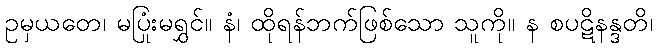
ဥမှယတေ၊ မပြုံးမရွှင်။ နံ၊ ထိုရန်ဘက်ဖြစ်သော သူကို။ န စပဋိနန္ဒတိ၊